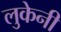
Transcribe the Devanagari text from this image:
लुकेनी